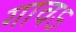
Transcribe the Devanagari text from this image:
गावऽ